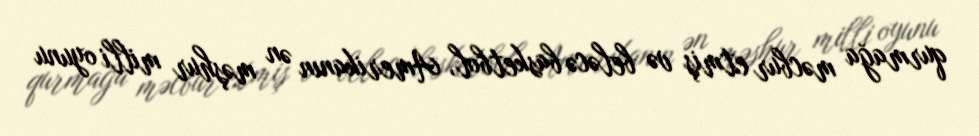
qurmağa məcbur etmiş və beləcə basketbol, Amerikanın ən məşhur milli oyunu